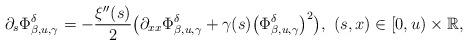
LaTeX: \begin{align*}\partial_s\Phi_{\beta,u,\gamma}^\delta&=-\frac{\xi''(s)}{2}\bigl(\partial_{xx}\Phi_{\beta,u,\gamma}^\delta+\gamma(s) \bigl(\Phi_{\beta,u,\gamma}^\delta\bigr)^2\bigr),\,\,(s,x)\in [0,u)\times \mathbb{R},\end{align*}